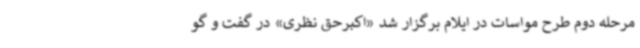
مرحله دوم طرح مواسات در ایلام برگزار شد «اکبرحق نظری» در گفت و گو